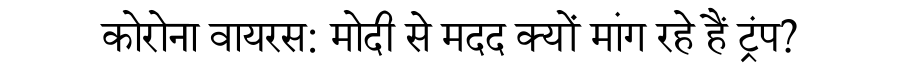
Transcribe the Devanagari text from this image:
कोरोना वायरस: मोदी से मदद क्यों मांग रहे हैं ट्रंप?